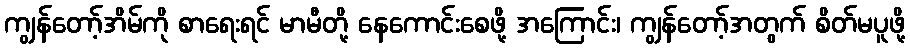
ကျွန်တော့်အိမ်ကို စာရေးရင် မာမီတို့ နေကောင်းစေဖို့ အကြောင်း၊ ကျွန်တော့်အတွက် စိတ်မပူဖို့